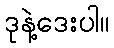
ဒုနဲ့ဒေးပါ။